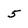
Character: 5